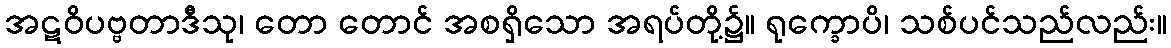
အဋဝိပဗ္ဗတာဒီသု၊ တော တောင် အစရှိသော အရပ်တို့၌။ ရုက္ခောပိ၊ သစ်ပင်သည်လည်း။